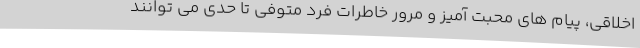
اخلاقی، پیام های محبت آمیز و مرور خاطرات فرد متوفی تا حدی می توانند